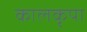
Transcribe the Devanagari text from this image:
कालकृपा